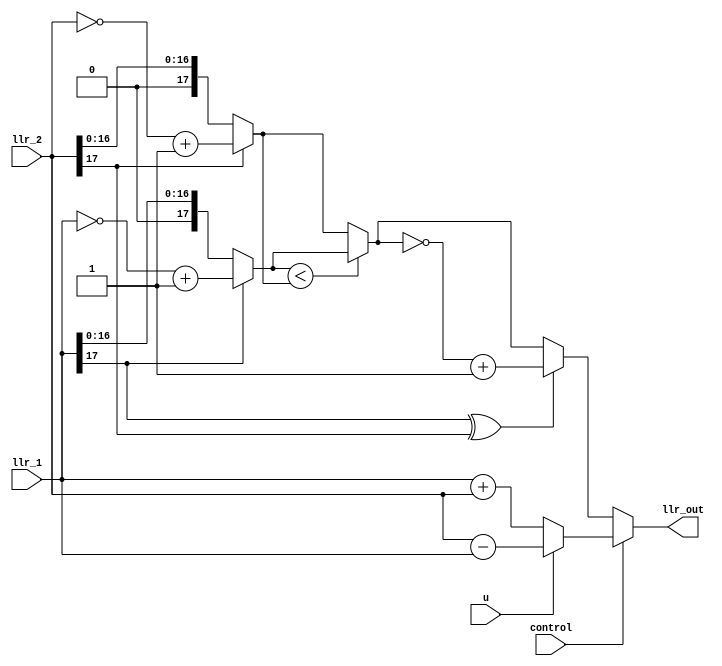
module processElement(
    input [17:0] llr_1,
    input [17:0] llr_2,
    input control,  // 0 execute f, 1 execute g
    input u,
    output [17:0] llr_out
);

wire [17:0] llr_1_abs, llr_2_abs;
wire f_sign;
wire [17:0] f_abs_min;
wire signed [17:0] g_sum;
wire signed [17:0] g_sub;
wire [17:0] g;
wire [17:0] f;

// f node
assign llr_1_abs = (llr_1[17] == 1) ? ~llr_1 + 1 : llr_1;
assign llr_2_abs = (llr_2[17] == 1) ? ~llr_2 + 1 : llr_2;
assign f_sign = llr_1[17] ^ llr_2[17];
assign f_abs_min = (llr_1_abs < llr_2_abs) ? llr_1_abs : llr_2_abs;

// g node
assign g_sum = $signed(llr_1) + $signed(llr_2);
assign g_sub = $signed(llr_2) - $signed(llr_1);
assign g = (u == 0) ? g_sum : g_sub;
assign f = (f_sign == 1) ? ~f_abs_min+1 : f_abs_min;

assign llr_out = (control == 0) ? f : g;

endmodule